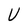
Character: U